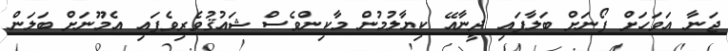
ޖަނާ އަވަހަށް ފޯނަށް ބަލާފައި ދީނާއޭ ކިޔާލުމުން މާކިންވެސް ޝައުޤުވެރިވެފައި އެމޫނަށް ބަލަން